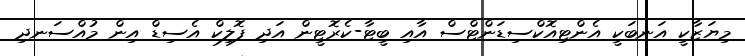
މިޔަޒާކީ އަނބަކީ އެންޓިއޮކްސިޑަންޓްސް އާއި ބީޓާ-ކެރޮޓީން އަދި ފޮލިކް އެސިޑް އިން މުއްސަނދި